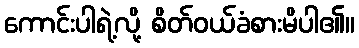
ကောင်းပါရဲ့လို့ စိတ်ဝယ်ခံစားမိပါ၏။